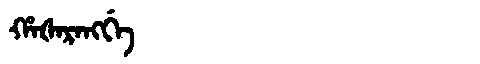
Manchu: ᡥᠠᡧᠠᡵᠠᠩᡤᡝ
Romanization: HAŠARANGGE